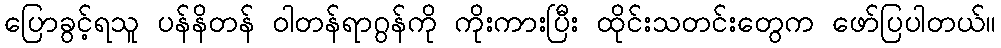
ပြောခွင့်ရသူ ပန်နိတန် ဝါတန်ရာဂွန်ကို ကိုးကားပြီး ထိုင်းသတင်းတွေက ဖော်ပြပါတယ်။